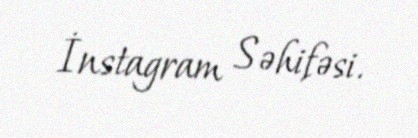
İnstagram Səhifəsi.